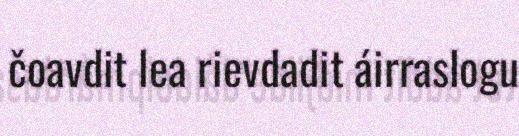
čoavdit lea rievdadit áirraslogu